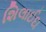
શિલાઈદા